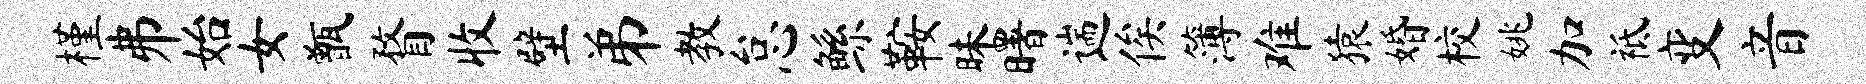
槿井始女甑瞀收壁弟教怠鲧鞍昧曙遄俟簿难猿婚校姚加祗变音